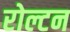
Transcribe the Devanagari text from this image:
रोल्टन